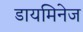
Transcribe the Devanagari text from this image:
डायमिनेज